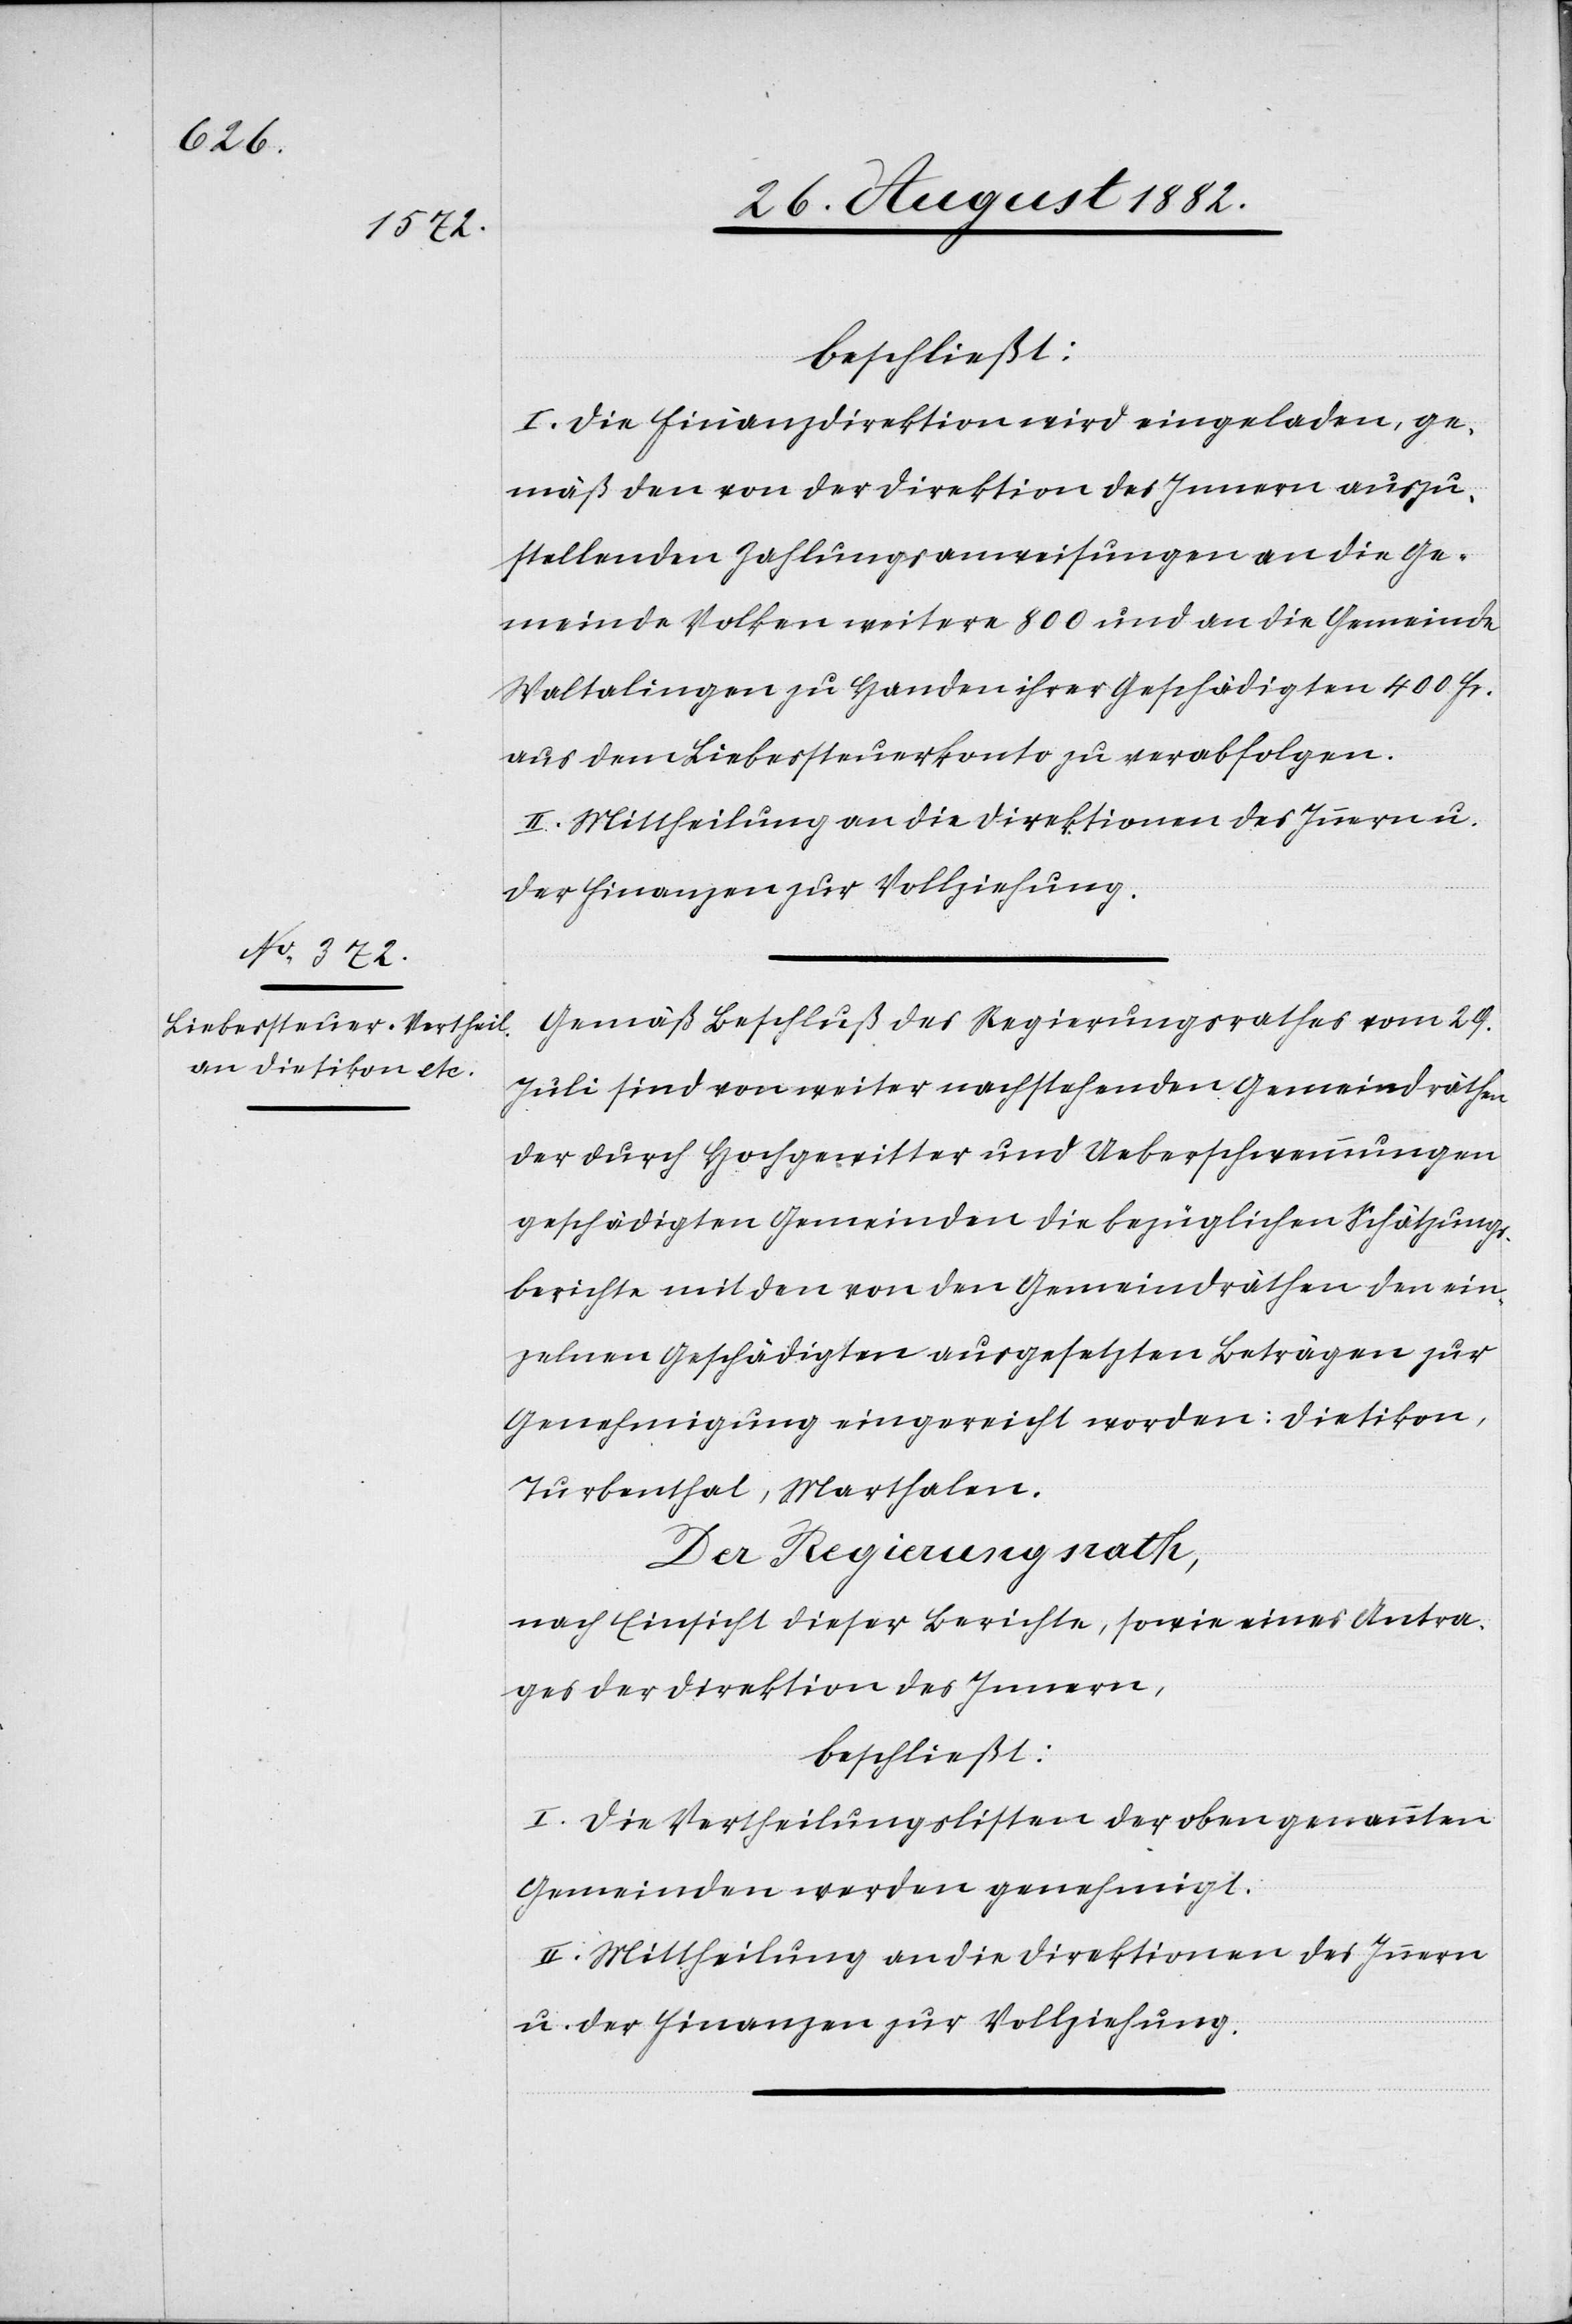
beschließt:
I. Die Finanzdirektion wird eingeladen, ge¬
mäß den von der Direktion des Innern auszu¬
stellenden Zahlungsanweisungen an die Ge¬
meinde Volken weitere 800 und an die Gemeinde
Waltalingen zu Handen ihrer Geschädigten 400 Fr.
aus dem Liebessteuerkonto zu verabfolgen.
II. Mittheilung an die Direktionen des Innern u.
der Finanzen zur Vollziehung.
Gemäß Beschluß des Regierungsrathes vom 29.
Juli sind von weiter nachstehenden Gemeindräthen
der durch Hochwasser und Ueberschwemmungen
geschädigten Gemeinden die bezüglichen Schätzungs¬
berichte mit den von den Gemeindräthen den ein¬
zelnen Geschädigten ausgesetzten Beträgen zur
Genehmigung eingereicht worden: Dietikon,
Turbenthal, Marthalen.
Der Regierungsrath;
nach Einsicht dieser Berichte, sowie eines Antra¬
ges der Direktion des Innern,
beschließt:
I. Die Vertheilungslisten der oben genannten
Gemeinden werden genehmigt.
II. Mittheilung an die Direktionen des Innern
u. der Finanzen zur Vollziehung.